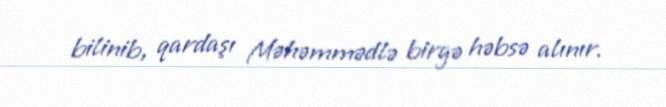
bilinib, qardaşı Məhəmmədlə birgə həbsə alınır.